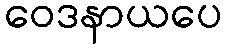
ဝေဒနာယပေ